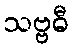
သဗ္ဗဓီ